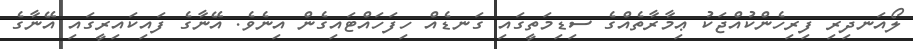
ލޯއަނދިރި ފިރިހެންކުއްޖަކު ޢިމާރާތެއްގެ ސިޑިމަތީގައި ގަނޑެއް ހިފަހައްޓައިގެން އިނެވެ. އޭނާގެ ފައިކައިރީގައި އޭނާގެ